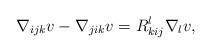
LaTeX: \begin{align*} \nabla_{ijk} v - \nabla_{jik} v = R^l_{kij} \nabla_l v,\end{align*}